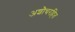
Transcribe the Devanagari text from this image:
अशौचरहित